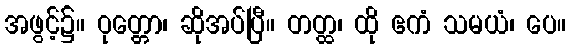
အဖွင့်၌။ ဝုတ္တော၊ ဆိုအပ်ပြီ။ တတ္ထ၊ ထို ဧကံ သမယံ၊ ပေ။